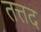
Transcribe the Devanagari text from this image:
तत्तद